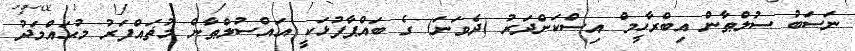
ނަސަބު ސުލްޠާން އިބްރާހީމް އިސްކަންދަރު (ދެވަނަ) ގެ ބައްޕާފުޅަކީ އައްސުލްޠާން މުޡައްފަރު މުޙައްމަދު